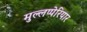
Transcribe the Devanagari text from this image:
मुल्लप्पेरियार